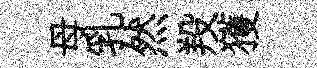
母乳然羖獲